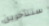
ستتأخرين